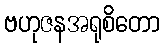
ဗဟုဇနအရုစိတော